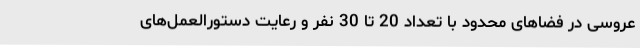
عروسی در فضاهای محدود با تعداد 20 تا 30 نفر و رعایت دستورالعمل‌های